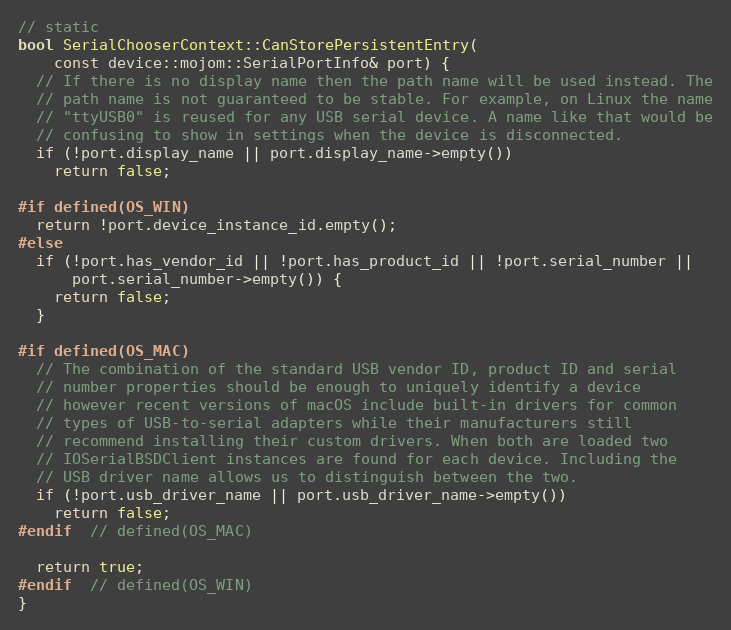
Language: C++
// static
bool SerialChooserContext::CanStorePersistentEntry(
    const device::mojom::SerialPortInfo& port) {
  // If there is no display name then the path name will be used instead. The
  // path name is not guaranteed to be stable. For example, on Linux the name
  // "ttyUSB0" is reused for any USB serial device. A name like that would be
  // confusing to show in settings when the device is disconnected.
  if (!port.display_name || port.display_name->empty())
    return false;

#if defined(OS_WIN)
  return !port.device_instance_id.empty();
#else
  if (!port.has_vendor_id || !port.has_product_id || !port.serial_number ||
      port.serial_number->empty()) {
    return false;
  }

#if defined(OS_MAC)
  // The combination of the standard USB vendor ID, product ID and serial
  // number properties should be enough to uniquely identify a device
  // however recent versions of macOS include built-in drivers for common
  // types of USB-to-serial adapters while their manufacturers still
  // recommend installing their custom drivers. When both are loaded two
  // IOSerialBSDClient instances are found for each device. Including the
  // USB driver name allows us to distinguish between the two.
  if (!port.usb_driver_name || port.usb_driver_name->empty())
    return false;
#endif  // defined(OS_MAC)

  return true;
#endif  // defined(OS_WIN)
}